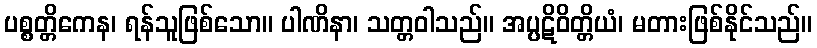
ပစ္စတ္တိကေန၊ ရန်သူဖြစ်သော။ ပါဏိနာ၊ သတ္တဝါသည်။ အပ္ပဋိဝိတ္တိယံ၊ မတားဖြစ်နိုင်သည်။